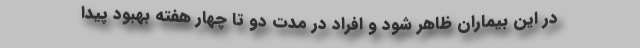
در این بیماران ظاهر شود و افراد در مدت دو تا چهار هفته بهبود پیدا